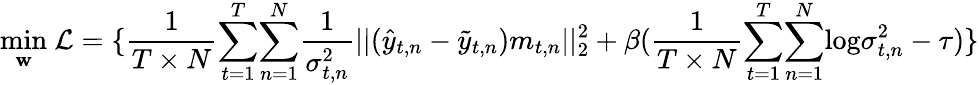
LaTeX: \underset{\mathbf{w}}{\mathop{\operatorname*{min}}}~\mathcal{L}=\{ \frac{1}{T\times N}{\sum_{t=1}^{T}}{\sum_{n=1}^{N}}\frac{1}{\sigma_{t,n}^{2}}||(\hat{y}_{t,n}-\tilde{y}_{t,n})m_{t,n}||_{2}^{2}+\beta(\frac{1}{T\times N}{\sum_{t=1}^{T}}{\sum_{n=1}^{N}}\mathrm{log}\sigma_{t,n}^{2}-\tau)\}